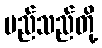
မည်သည်တို့